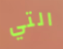
التي